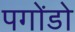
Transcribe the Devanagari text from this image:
पगोंडो